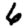
Digit: 6